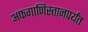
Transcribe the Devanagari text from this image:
अफगाणिस्तानपर्यंत